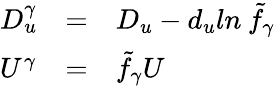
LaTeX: \begin{array}{lll}{{D_{u}^{\gamma}}}&{{=}}&{{D_{u}-d_{u}ln\: {\tilde{f}}_{\gamma}}}\\ {{U^{\gamma}}}&{{=}}&{{{\tilde{f}}_{\gamma}U}}\end{array}